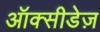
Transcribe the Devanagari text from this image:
ऑक्सीडेज़